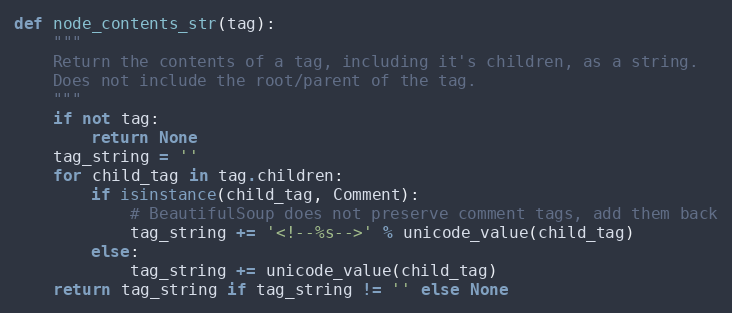
Language: Python
def node_contents_str(tag):
    """
    Return the contents of a tag, including it's children, as a string.
    Does not include the root/parent of the tag.
    """
    if not tag:
        return None
    tag_string = ''
    for child_tag in tag.children:
        if isinstance(child_tag, Comment):
            # BeautifulSoup does not preserve comment tags, add them back
            tag_string += '<!--%s-->' % unicode_value(child_tag)
        else:
            tag_string += unicode_value(child_tag)
    return tag_string if tag_string != '' else None